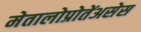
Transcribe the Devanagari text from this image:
मेतालोप्रोतेंअसेस